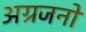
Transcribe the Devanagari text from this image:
अग्रजनों